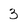
Character: 3